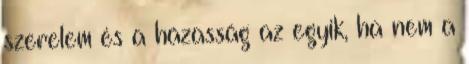
szerelem és a házasság az egyik, ha nem a